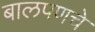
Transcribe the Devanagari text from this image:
बालपणचे